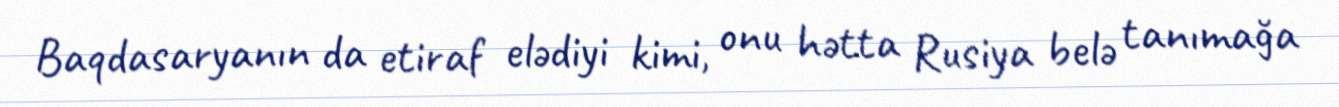
Baqdasaryanın da etiraf elədiyi kimi, onu hətta Rusiya belə tanımağa